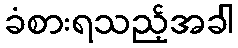
ခံစားရသည့်အခါ